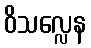
ဝိသလ္လေန